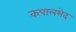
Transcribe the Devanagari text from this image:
कपालभेद